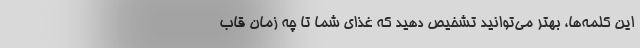
این کلمه‌ها، بهتر می‌توانید تشخیص دهید که غذای شما تا چه زمان قاب